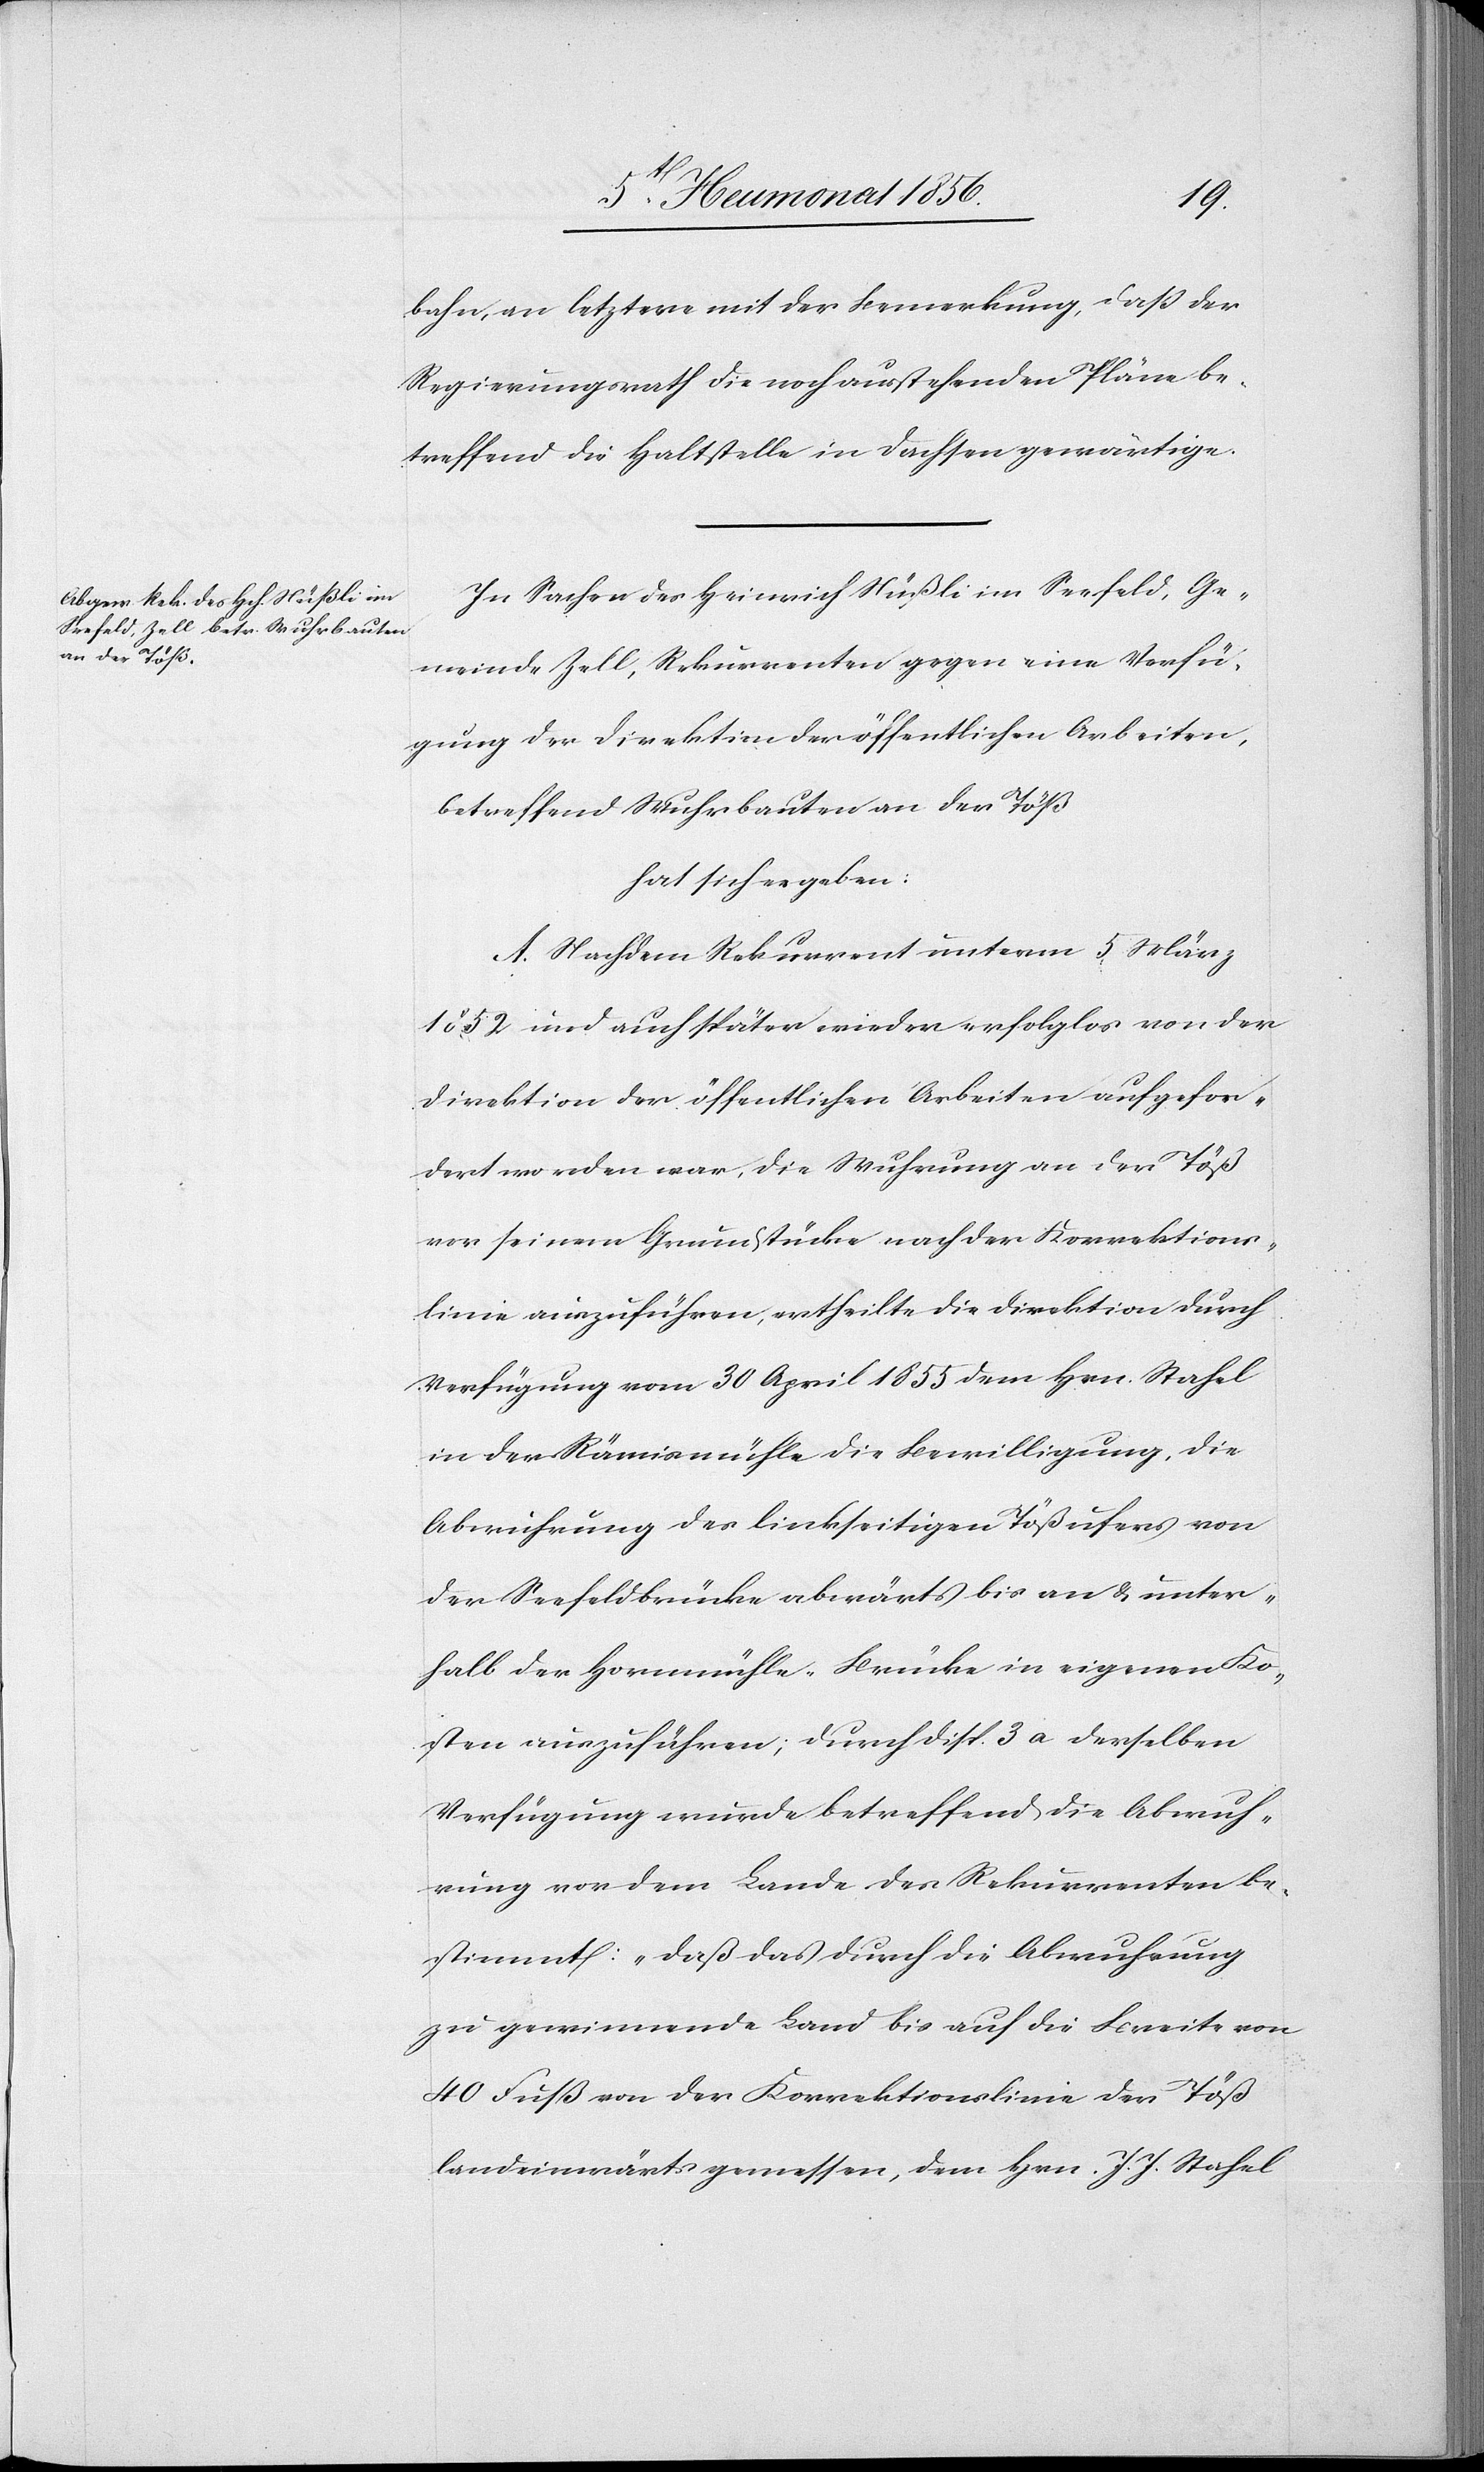
bahn, an letztere mit der Bemerkung, dass der
Regierungsrath die noch ausstehenden Pläne be¬
treffend die Haltstelle in Dachsen gewärtige.
In Sachen des Heinrich Nüßli im Seefeld, Ge¬
meinde Zell, Rekurrenten gegen eine Verfü¬
gung der Direktion der öffentlichen Arbeiten,
betreffend Wuhrbauten an der Töß
hat sich ergeben:
A. Nachdem Rekurrent unterm 5 März
1852 und auch später wieder erfolglos von der
Direktion der öffentlichen Arbeiten aufgefor¬
dert worden war, die Wuhrung an der Töß
vor seinem Grundstücke nach der Korrektions¬
linie auszuführen, ertheilte die Direktion durch
Verfügung vom 30 April 1855 dem Hrn. Stahel
in der Rämismühle die Bewilligung, die
Abwuhrung des linkseitigen Tößufers von
der Seefeldbrücke abwärts bis an & unter¬
halb der Hornmühle-Brücke in eigenen Ko¬
sten auszuführen; durch Disp. 3 a derselben
Verfügung wurde betreffend die Abwuh¬
rung vor dem Lande des Rekurrenten be¬
stimmt: „daß das durch die Abwuhrung
zu gewinnende Land bis auf die Breite von
40 Fuß von der Korrektionslinie der Töß
landeinwärts gemessen, dem Hrn. J. J. Stahel